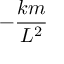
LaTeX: - { \frac { k m } { L ^ { 2 } } }